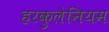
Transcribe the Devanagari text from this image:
हरकुलेनियम